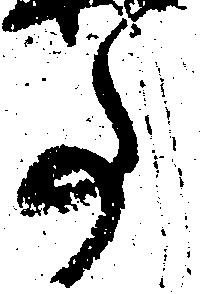
事